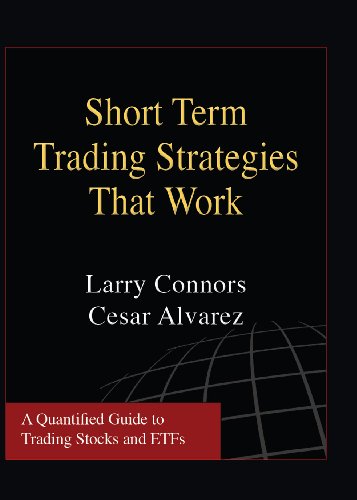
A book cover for Short Term Trading Strategies That Work; Larry Connors; Business & Money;